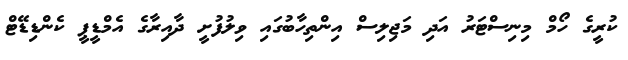
ކުރީގެ ހޯމް މިނިސްޓަރު އަދި މަޖިލިސް އިންތިހާބުގައި ވިލުފުށީ ދާއިރާގެ އެމްޑީޕީ ކެންޑިޑޭޓް